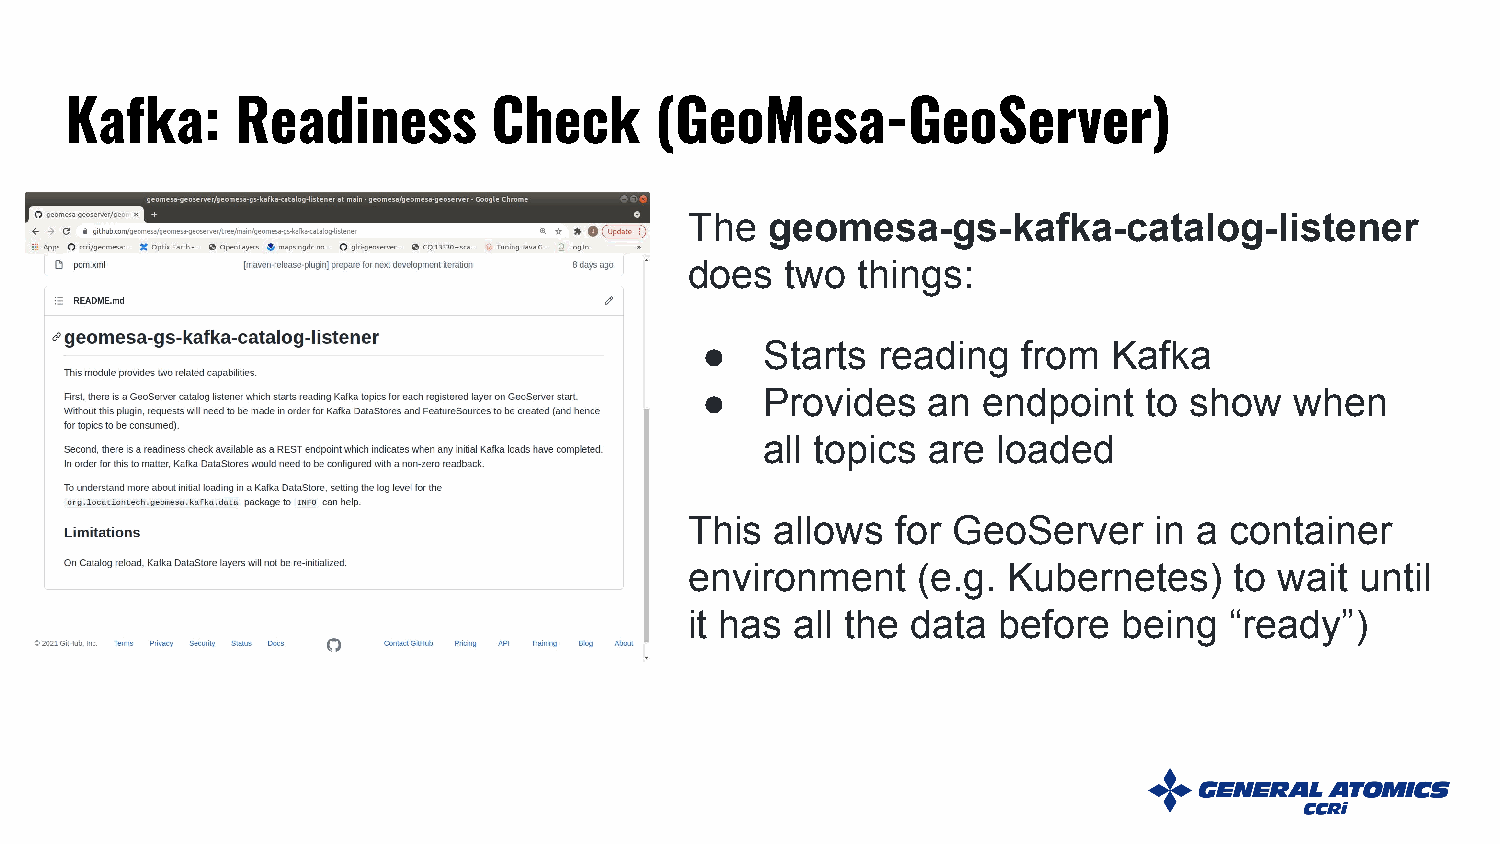
Kafka:      Readiness        Check     (GeoMesa-GeoServer)
 The  geomesa-gs-kafka-catalog-listener
 does  two  things:
 ●    Starts reading   from  Kafka
 ●    Provides  an  endpoint   to show   when
 all topics are loaded
 This allows  for GeoServer    in a container
 environment    (e.g. Kubernetes)    to wait until
 it has all the data before  being  “ready”)